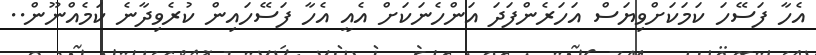
އެހާ ފަސޭހަ ކަމަކަށްވިޔަސް އަހަރެންފަދަ އަންހެނަކަށް އެއީ އެހާ ފަސޭހައިން ކުރެވިދާނެ ކަމެއްނޫން..